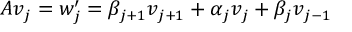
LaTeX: A v _ { j } = w _ { j } ^ { \prime } = \beta _ { j + 1 } v _ { j + 1 } + \alpha _ { j } v _ { j } + \beta _ { j } v _ { j - 1 }